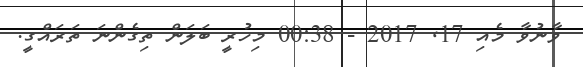
ވާނުވާ މެއި 17